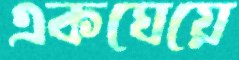
একঘেয়ে